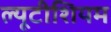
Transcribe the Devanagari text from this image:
ल्यूटीशियम